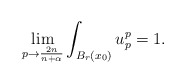
\begin{align*}\lim_{p\to \frac{2n}{n+\alpha}}\int_{B_r(x_0)} u_p^p=1.\end{align*}